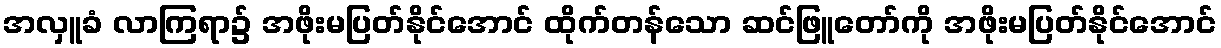
အလှူခံ လာကြရာ၌ အဖိုးမပြတ်နိုင်အောင် ထိုက်တန်သော ဆင်ဖြူတော်ကို အဖိုးမပြတ်နိုင်အောင်